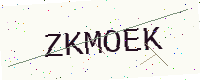
Text: ZKMOEK